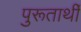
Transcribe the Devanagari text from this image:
पुरूतार्थी